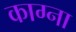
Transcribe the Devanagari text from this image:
काग्ना